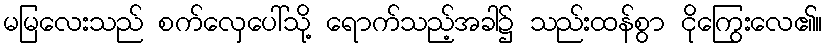
မမြလေးသည် စက်လှေပေါ်သို့ ရောက်သည့်အခါ၌ သည်းထန်စွာ ငိုကြွေးလေ၏။